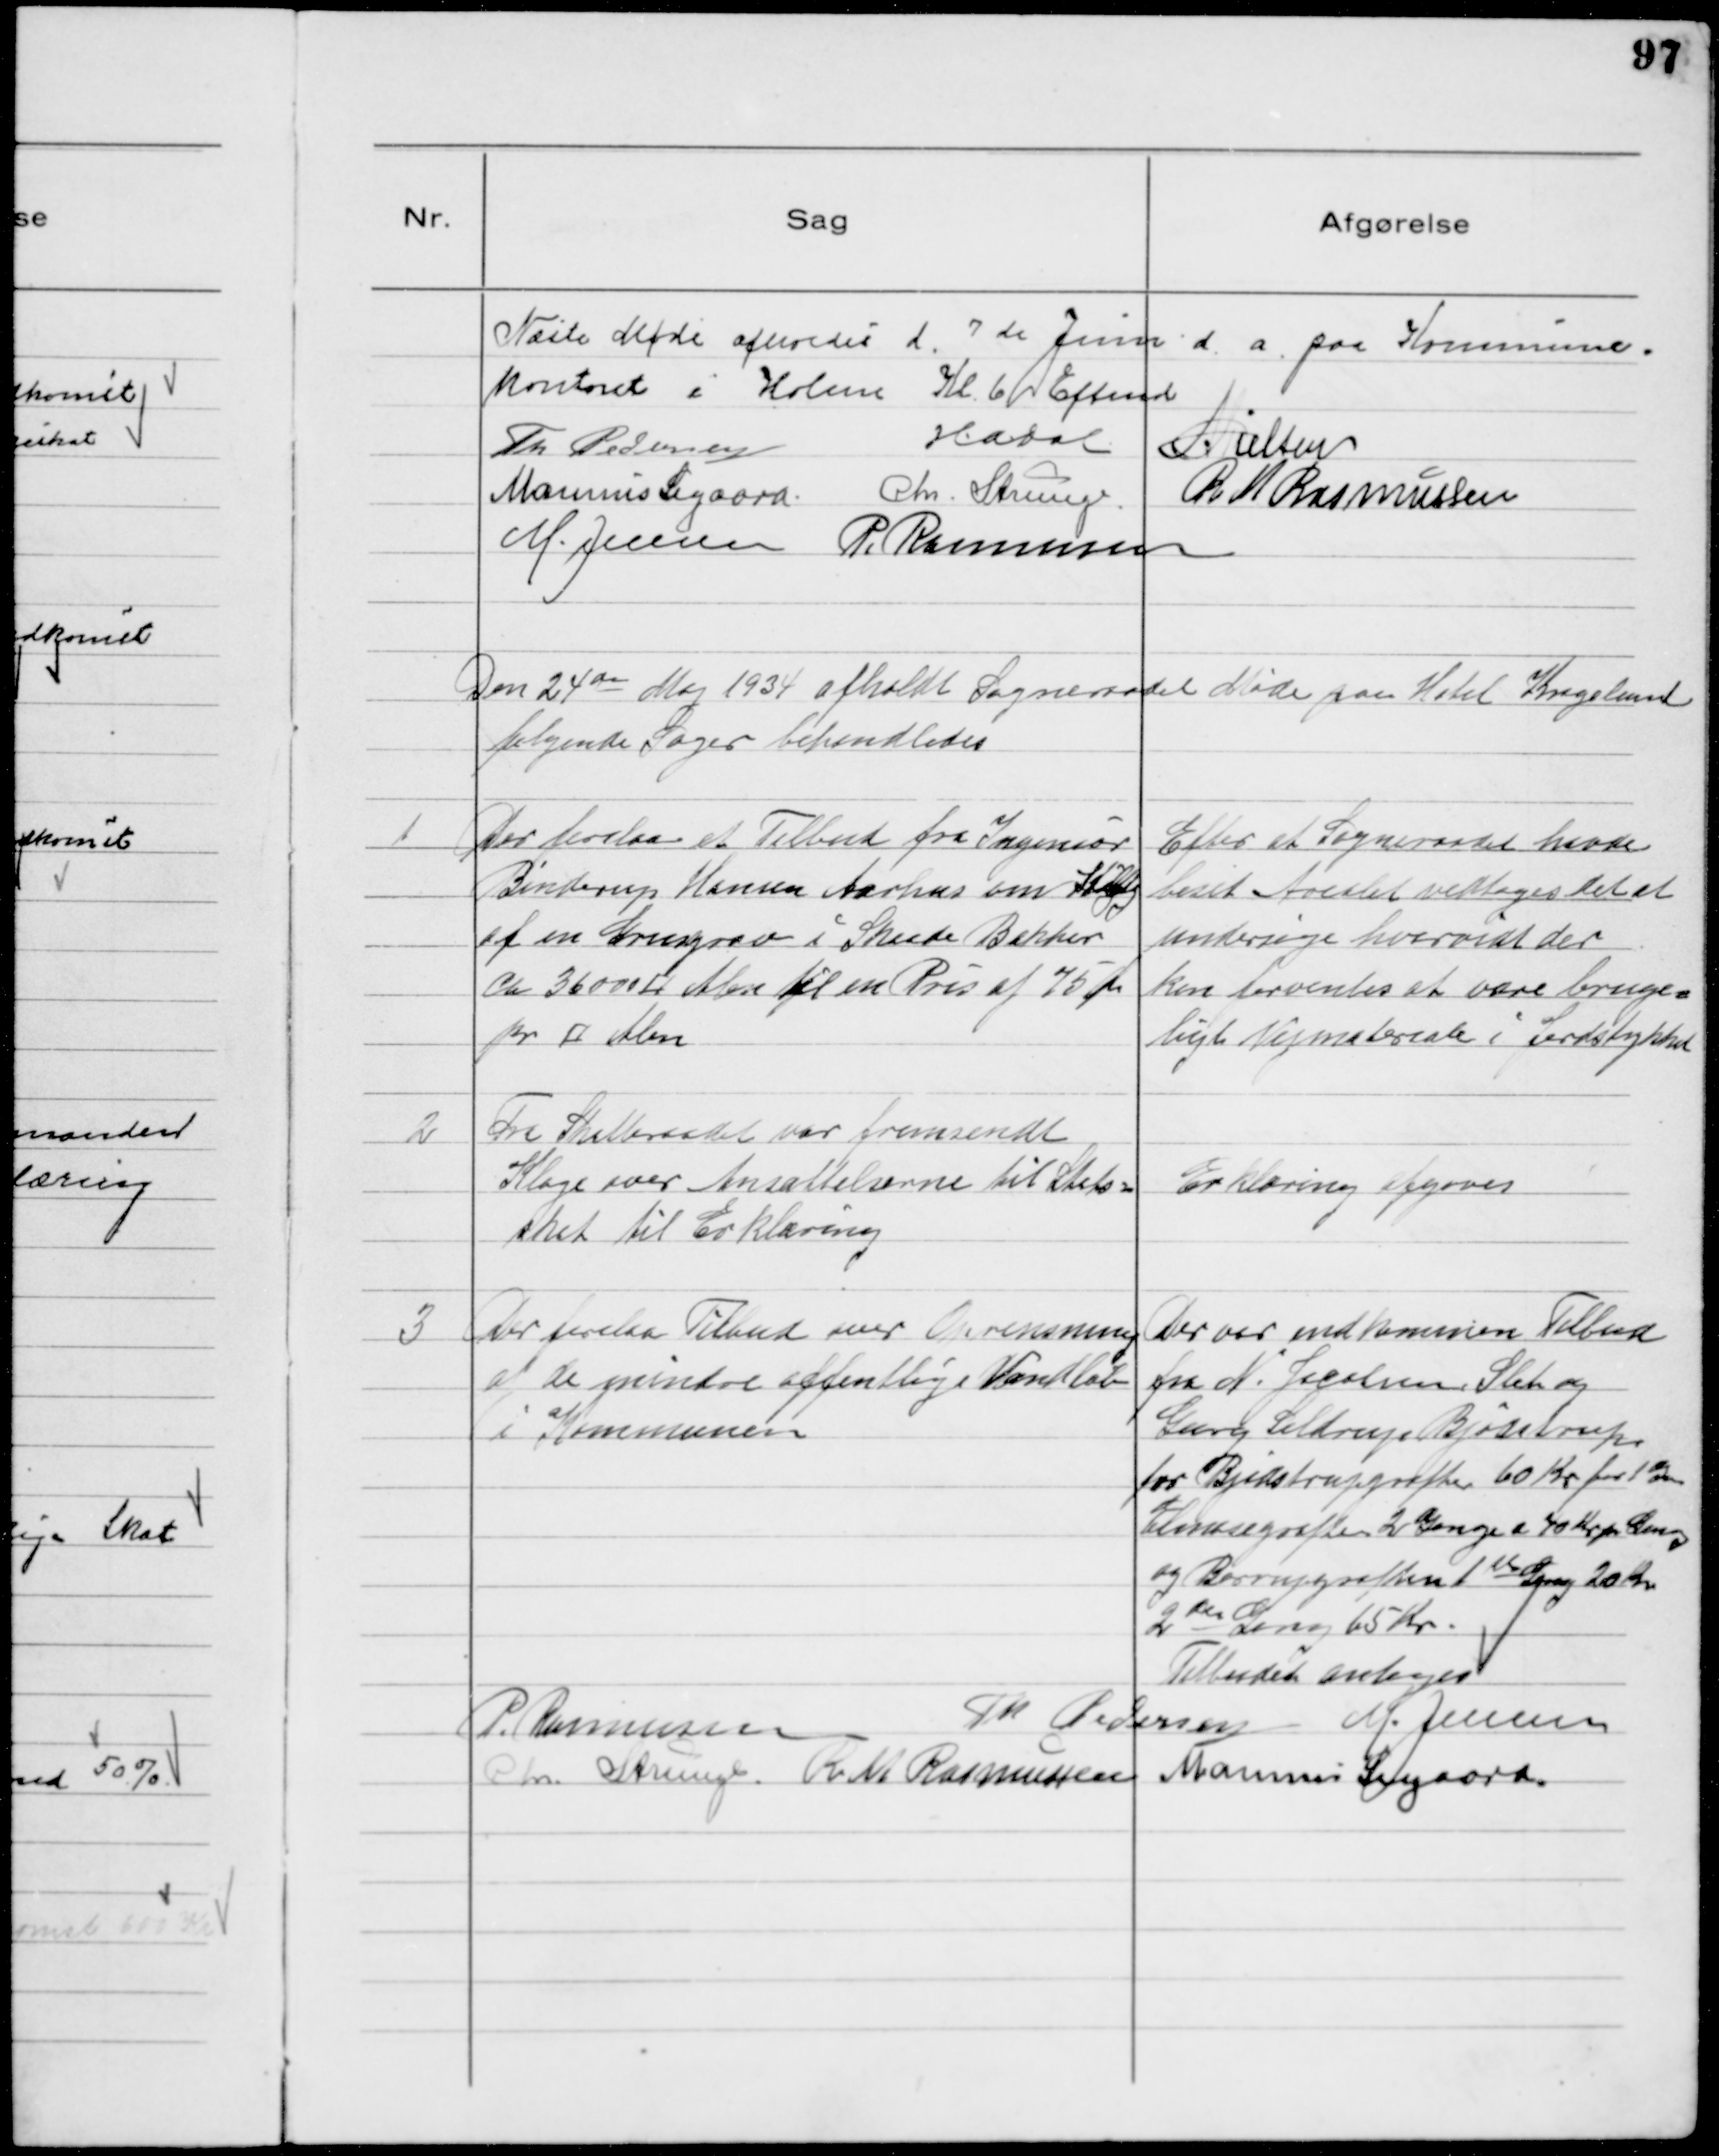
Transskription:
Næste Møde afholdes d. 7 de Juni d. a. paa Kommune-
kontoret i Holme Kl. 6 Eftmd
Th Pedersen
HADal NNielsen
Marinus Sigaard Chr. Strunge R M Rasmussen
M. Jensen P. Rasmussen

Den 24 de Maj 1934 afholdt Sogneraadet Møde paa Hotel Kragelund
følgende Sager behandledes

1
Der forelaa et Tilbud fra Ingeniør
Binderup Hansen Aarhus om Køb
af en Grusgrav i Skaade Bakker
ca 36000 ¤ Abm til en Pris af 75 Øre
pr ¤ Abm

Efter at Sogneraadet havde
beset Arealet vedtoges det at
undersøge hvorvidt der
kan forventes at være bruge-
ligt Vejmateriale i Jordstykket

2
Fra Skatteraadet var fremsendt
Klage over Ansættelserne til Stats-
skat til Erklæring

Erklæring afgaves

3
Der forelaa Tilbud over Oprensning
af de mindre offentlige Vandløb
i Kommunen

Der var indkommen Tilbud
fra N. Jacobsen Slet og
Georg Seldrup Bjødstrup
for Bjødstrupgrøften 60 Kr for 1 Gang
Elmosegrøften 2 Gange a 70 Kr pr Gang
og Borrupgrøften 1 ste Gang 20 Kr
2 den Gang 65 Kr.
Tilbudet antages

P. Rasmussen
Th Pedersen M. Jensen
Chr. Strunge R M Rasmussen Marinus Sigaard